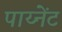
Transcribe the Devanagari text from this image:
पाय्नेंट